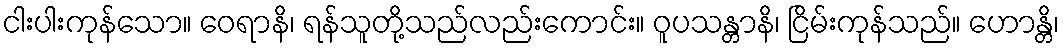
ငါးပါးကုန်သော။ ဝေရာနိ၊ ရန်သူတို့သည်လည်းကောင်း။ ဝူပသန္တာနိ၊ ငြိမ်းကုန်သည်။ ဟောန္တိ၊